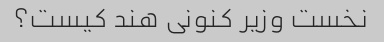
نخست وزیر کنونی هند کیست؟